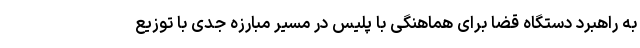
به راهبرد دستگاه قضا برای هماهنگی با پلیس در مسیر مبارزه جدی با توزیع